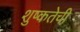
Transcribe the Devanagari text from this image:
शुष्कतेची